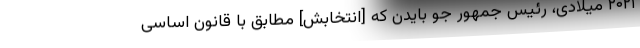
۲۰۲۱ میلادی، رئیس جمهور جو بایدن که [انتخابش] مطابق با قانون اساسی